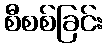
စီစစ်ခြင်း